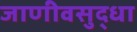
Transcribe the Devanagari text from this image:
जाणीवसुद्धा